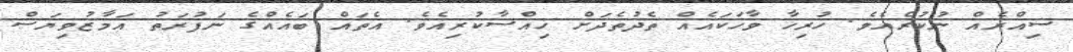
ސިއްރެއް ނުކުރެއެވެ. ހުރިހާ ވާހަކައެއް ތެދުތެދަށް ޚިއްސާކުރިއެވެ. އެތައް ބައެއްގެ ނަފުރަތު އަމާޒުވިޔަސް